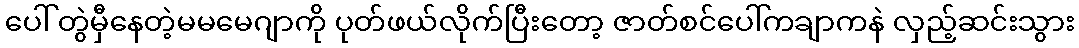
ပေါ် တွဲမှီနေတဲ့မမမေဂျာကို ပုတ်ဖယ်လိုက်ပြီးတော့ ဇာတ်စင်ပေါ်ကချာကနဲ လှည့်ဆင်းသွား